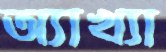
অ্যাখ্যা